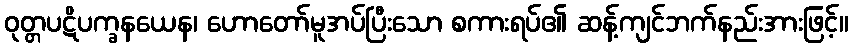
ဝုတ္တပဋိပက္ခနယေန၊ ဟောတော်မူအပ်ပြီးသော စကားရပ်၏ ဆန့်ကျင်ဘက်နည်းအားဖြင့်။